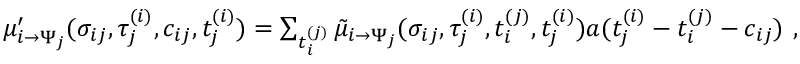
\begin{array} { r } { \mu _ { i \to \Psi _ { j } } ^ { \prime } ( \sigma _ { i j } , \tau _ { j } ^ { ( i ) } , c _ { i j } , t _ { j } ^ { ( i ) } ) = \sum _ { t _ { i } ^ { ( j ) } } \tilde { \mu } _ { i \to \Psi _ { j } } ( \sigma _ { i j } , \tau _ { j } ^ { ( i ) } , t _ { i } ^ { ( j ) } , t _ { j } ^ { ( i ) } ) a ( t _ { j } ^ { ( i ) } - t _ { i } ^ { ( j ) } - c _ { i j } ) \ , } \end{array}